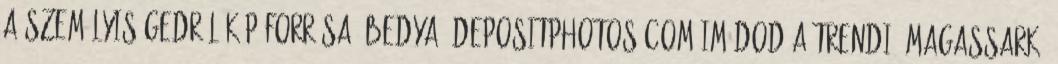
a személyiségedről Kép forrása: bedya depositphotos.com Imádod a trendi, magassarkú